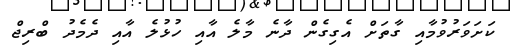
ކަށަވަރުވުމާއި ގާތަށް އެގިގެން ދާނެ މާލެ އާއި ހުޅުލެ އާއި ދެމެދު ބްރިޖް